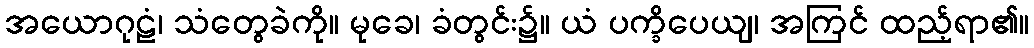
အယောဂုဠံ၊ သံတွေခဲကို။ မုခေ၊ ခံတွင်း၌။ ယံ ပက္ခိပေယျ၊ အကြင် ထည့်ရာ၏။